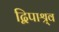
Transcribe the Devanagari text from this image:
द्विपाश्र्व